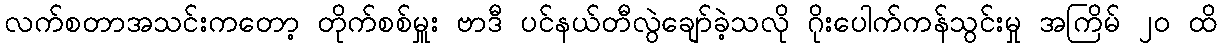
လက်စတာအသင်းကတော့ တိုက်စစ်မှူး ဗာဒီ ပင်နယ်တီလွဲချော်ခဲ့သလို ဂိုးပေါက်ကန်သွင်းမှု အကြိမ် ၂၀ ထိ